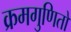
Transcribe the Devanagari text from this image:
क्रमगुणितों